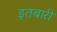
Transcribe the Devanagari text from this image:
इतबारी